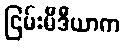
ငြမ်းမီဒီယာက